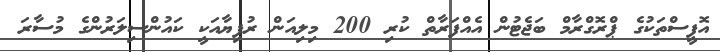
އޮފީސްތަކުގެ ޕްރޮގްރާމް ބަޖެޓުން އެއްފަރާތް ކުރި 200 މިލިއަން ރުފިޔާއަކީ ކައުންސިލަރުންގެ މުސާރަ